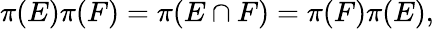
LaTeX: \pi(E)\pi(F)=\pi(E\cap F)=\pi(F)\pi(E),